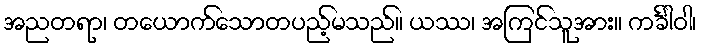
အညတရာ၊ တယောက်သောတပည့်မသည်။ ယဿ၊ အကြင်သူအား။ ကင်္ခါဝါ၊